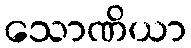
သောဏိယာ